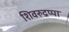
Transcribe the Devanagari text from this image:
शिवरुद्रप्पा